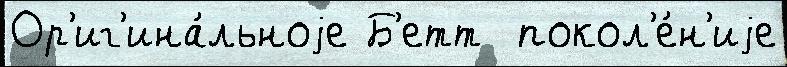
Ор'иг'ина́льноjе Б'етт  покол'е́н'иjе